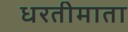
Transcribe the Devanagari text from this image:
धरतीमाता